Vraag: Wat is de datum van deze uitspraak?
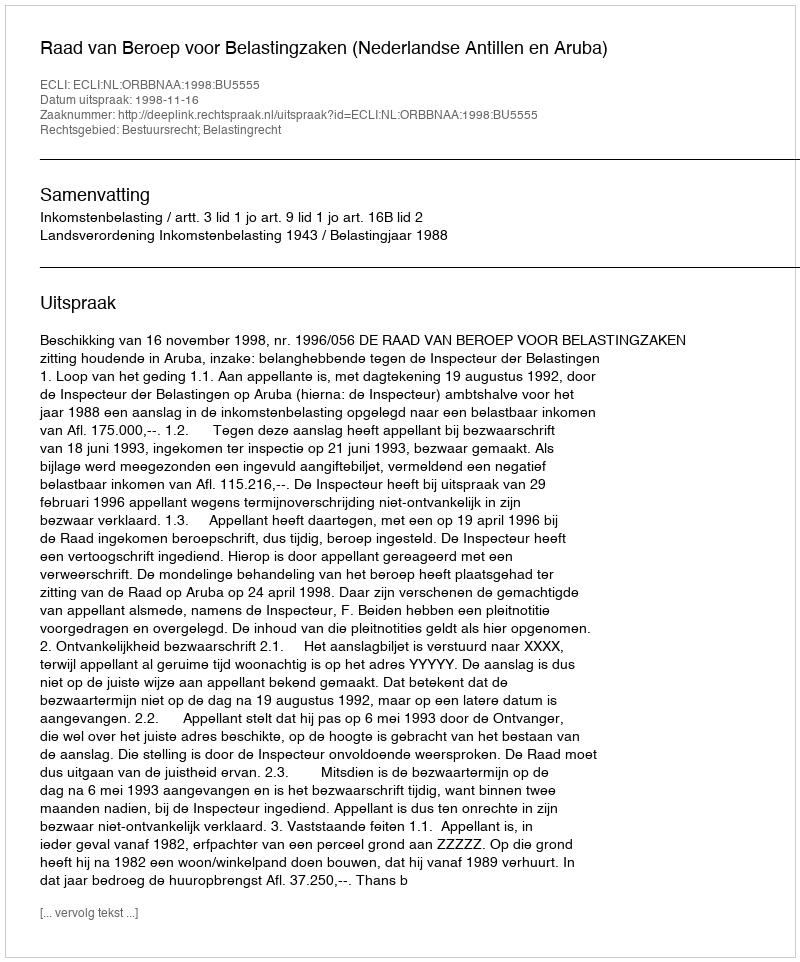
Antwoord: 1998-11-16